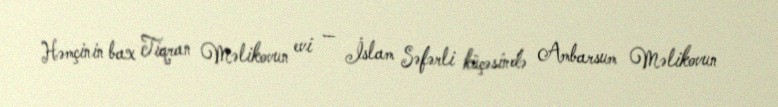
Həmçinin bax Tiqran Məlikovun evi — İslam Səfərli küçəsində Ambarsum Məlikovun